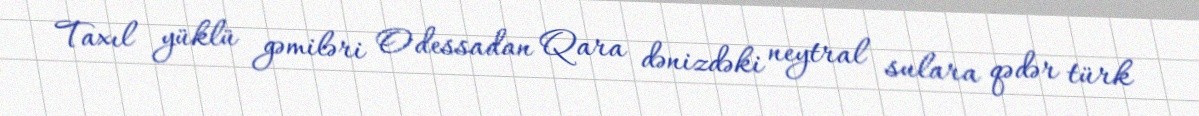
Taxıl yüklü gəmiləri Odessadan Qara dənizdəki neytral sulara qədər türk